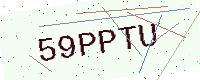
Text: 59PPTU